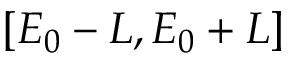
[ E _ { 0 } - L , E _ { 0 } + L ]